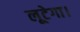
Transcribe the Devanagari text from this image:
लूटेगा।